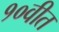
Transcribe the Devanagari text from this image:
१०वीत